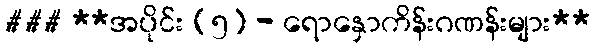
### **အပိုင်း (၅) - ရောနှောကိန်းဂဏန်းများ**